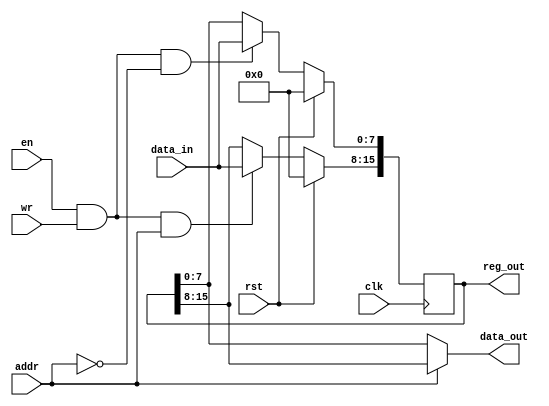
module reg2byte(clk, rst, en, wr, addr, data_in, data_out, reg_out);
    input           clk;
    input           rst;
    input           en;
    input           wr;
    input           addr;
    input   [7:0]   data_in;
    output  [7:0]   data_out;
    output  [15:0]  reg_out;

    reg     [15:0]  reg_out;

    wire wr0  = en && wr && addr == 0;
    wire wr1  = en && wr && addr == 1;

    wire [7:0] reg0_next = wr0 ? data_in : reg_out[7:0];
    wire [7:0] reg1_next = wr1 ? data_in : reg_out[15:8];

    wire [7:0] data_out_mux = 
                    addr == 1'd0 ? reg_out[7:0] : reg_out[15:8];
    assign data_out = data_out_mux;

    always @(posedge clk)
    begin
        if (rst) begin
            reg_out <= 16'b0;
        end
        else begin
            reg_out[7:0]     <= reg0_next;
            reg_out[15:8]    <= reg1_next;
        end
    end
endmodule